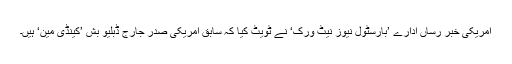
امریکی خبر رساں ادارے ’بارسٹول نیوز نیٹ ورک‘ نے ٹویٹ کیا کہ سابق امریکی صدر جارج ڈبلیو بش ’کینڈی مین‘ ہیں۔